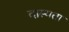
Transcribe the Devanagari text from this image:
दास्यता